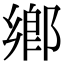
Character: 鄉